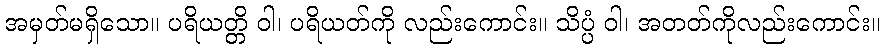
အမှတ်မရှိသော။ ပရိယတ္တိ ဝါ၊ ပရိယတ်ကို လည်းကောင်း။ သိပ္ပံ ဝါ၊ အတတ်ကိုလည်းကောင်း။